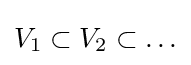
V_{1}\subset V_{2}\subset \ldots